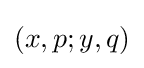
(x,p;y,q)